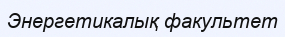
Энергетикалық факультет